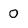
Character: 0